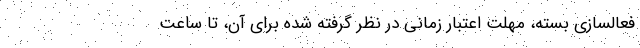
فعالسازی بسته، مهلت اعتبار زمانی در نظر گرفته شده برای آن، تا ساعت